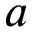
a